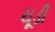
ચૂડી